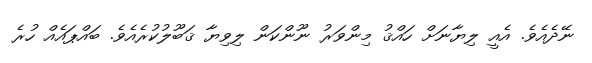
ނޭދެއެވެ. އެއީ ލިޔާނަށް ހައްޤު މިންވަރު ނޫންކަން ލިވިޔާ ޤަބޫލުކުރެއެވެ. ބައްޕައެއް ހުރެ